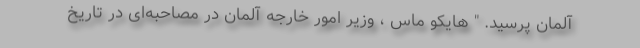
آلمان پرسید. " هایکو ماس ، وزیر امور خارجه آلمان در مصاحبه‌ای در تاریخ